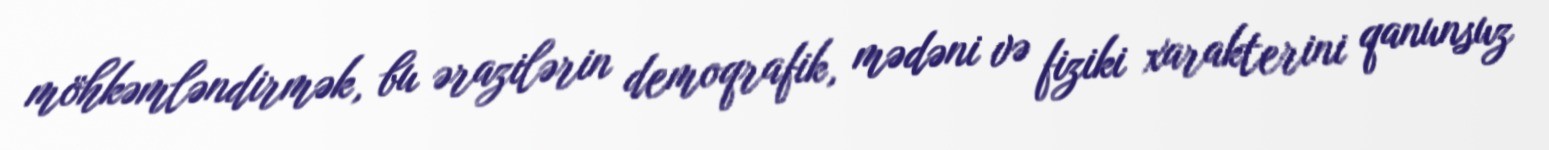
möhkəmləndirmək, bu ərazilərin demoqrafik, mədəni və fiziki xarakterini qanunsuz